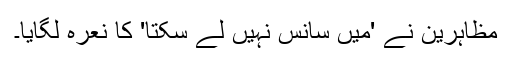
مظاہرین نے 'میں سانس نہیں لے سکتا' کا نعرہ لگایا۔